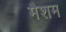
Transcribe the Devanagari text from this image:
मैशम